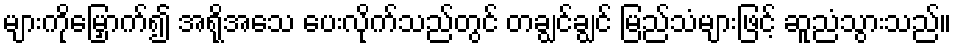
များကိုမြှောက်၍ အရိုအသေ ပေးလိုက်သည်တွင် တချွင်ချွင် မြည်သံများဖြင့် ဆူညံသွားသည်။